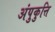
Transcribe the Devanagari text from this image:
अंपुकुत्ति